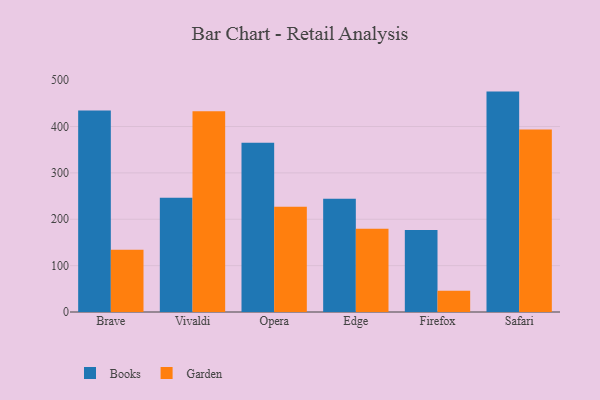
{"axis": {"x": "Browser", "y": "Budget (USD K)"}, "legend": ["Books", "Garden"], "data": [{"x": "Brave", "y": 434.8, "type": "Books"}, {"x": "Brave", "y": 134.4, "type": "Garden"}, {"x": "Vivaldi", "y": 246.6, "type": "Books"}, {"x": "Vivaldi", "y": 432.8, "type": "Garden"}, {"x": "Opera", "y": 365.2, "type": "Books"}, {"x": "Opera", "y": 226.9, "type": "Garden"}, {"x": "Edge", "y": 244.3, "type": "Books"}, {"x": "Edge", "y": 179.7, "type": "Garden"}, {"x": "Firefox", "y": 176.8, "type": "Books"}, {"x": "Firefox", "y": 45.9, "type": "Garden"}, {"x": "Safari", "y": 475.3, "type": "Books"}, {"x": "Safari", "y": 393.8, "type": "Garden"}]}